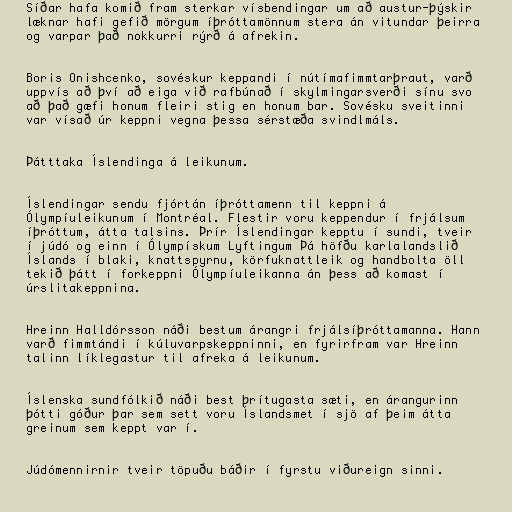
Síðar hafa komið fram sterkar vísbendingar um að austur-þýskir
læknar hafi gefið mörgum íþróttamönnum stera án vitundar þeirra
og varpar það nokkurri rýrð á afrekin.

Boris Onishcenko, sovéskur keppandi í nútímafimmtarþraut, varð
uppvís að því að eiga við rafbúnað í skylmingarsverði sínu svo
að það gæfi honum fleiri stig en honum bar. Sovésku sveitinni
var vísað úr keppni vegna þessa sérstæða svindlmáls.

Þátttaka Íslendinga á leikunum.

Íslendingar sendu fjórtán íþróttamenn til keppni á
Ólympíuleikunum í Montréal. Flestir voru keppendur í frjálsum
íþróttum, átta talsins. Þrír Íslendingar kepptu í sundi, tveir
í júdó og einn í Ólympískum Lyftingum Þá höfðu karlalandslið
Íslands í blaki, knattspyrnu, körfuknattleik og handbolta öll
tekið þátt í forkeppni Ólympíuleikanna án þess að komast í
úrslitakeppnina.

Hreinn Halldórsson náði bestum árangri frjálsíþróttamanna. Hann
varð fimmtándi í kúluvarpskeppninni, en fyrirfram var Hreinn
talinn líklegastur til afreka á leikunum.

Íslenska sundfólkið náði best þrítugasta sæti, en árangurinn
þótti góður þar sem sett voru Íslandsmet í sjö af þeim átta
greinum sem keppt var í.

Júdómennirnir tveir töpuðu báðir í fyrstu viðureign sinni.